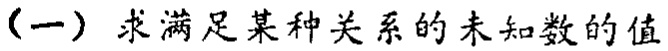
（一）求满足某种关系的未知数的值